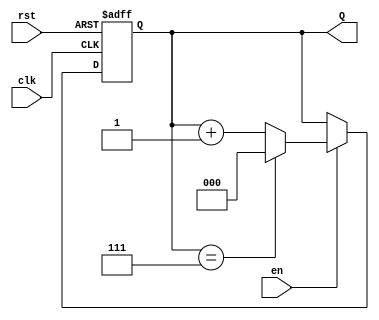
module binary_up_counter #(
    parameter N = 3  // Parameter for the number of bits (default is 3 bits)
)(
    input wire clk,    // Clock input
    input wire rst,    // Asynchronous reset input
    input wire en,     // Enable input
    output reg [N-1:0] Q // n-bit output for the current count value
);

// Always block triggered on the rising edge of the clock or on reset
always @(posedge clk or posedge rst) begin
    if (rst) begin
        // Reset the counter to zero
        Q <= 0;
    end else if (en) begin
        // Increment the counter and wrap around if maximum count is reached
        Q <= (Q == (1 << N) - 1) ? 0 : Q + 1;
    end
    // If 'en' is low, retain the current count value
end

endmodule